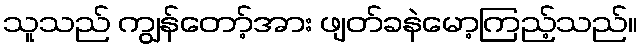
သူသည် ကျွန်တော့်အား ဖျတ်ခနဲမော့ကြည့်သည်။